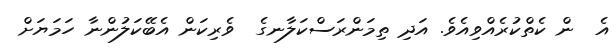
އެ  ން ކެތްކުރެއްވިއެވެ. އަދި ތިމަންރަސްކަލާނގެ  ވެރިކަން އެބޭކަލުންނާ ހަމަޔަށް